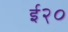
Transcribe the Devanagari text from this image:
ई२०